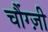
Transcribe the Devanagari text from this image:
चौंग्ज़ी